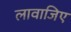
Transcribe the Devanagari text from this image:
लावाजिए